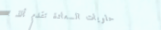
حلويات السعادة تقدم ألذ ا